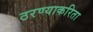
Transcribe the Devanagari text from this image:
ठरण्याकरिता